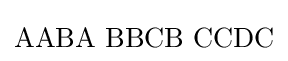
\mathrm {AABA\,\,BBCB\,\,CCDC}